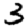
Digit: 3